Etiology and epidemiology of plague
Disease focus: Plague
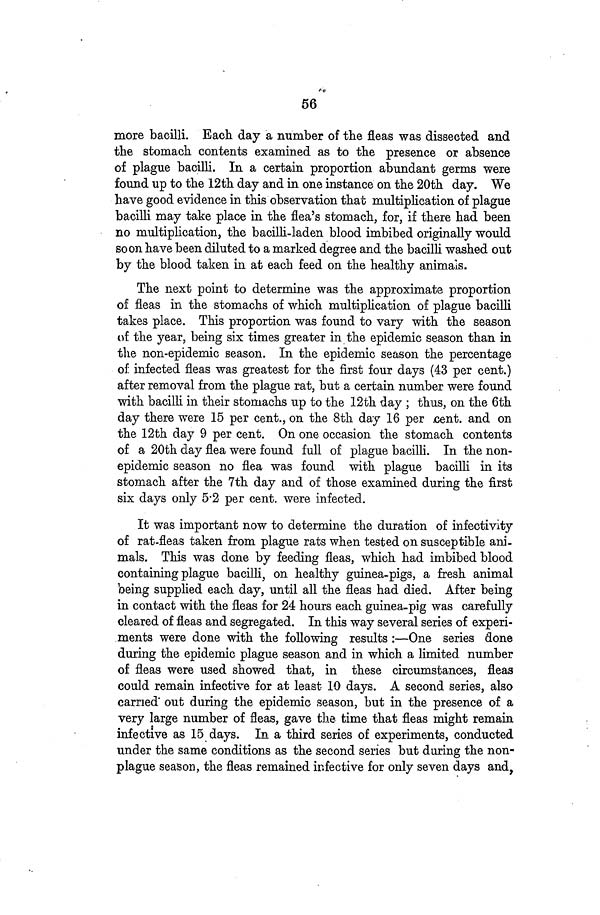
56
more bacilli. Each day a number of the fleas was dissected and
the stomach contents examined as to the presence or absence
of plague bacilli. In a certain proportion abundant germs were
found up to the 12th day and in one instance on the 20th day. We
have good evidence in this observation that multiplication of plague
bacilli may take place in the flea's stomach, for, if there had been
no multiplication, the bacilli-laden blood imbibed originally would
soon have been diluted to a marked degree and the bacilli washed out
by the blood taken in at each feed on the healthy animals.
The next point to determine was the approximate proportion
of fleas in the stomachs of which multiplication of plague bacilli
takes place. This proportion was found to vary with the season
of the year, being six times greater in the epidemic season than in
the non-epidemic season. In the epidemic season the percentage
of infected fleas was greatest for the first four days (43 per cent.)
after removal from the plague rat, but a certain number were found
with bacilli in their stomachs up to the 12th day ; thus, on the 6th
day there were 15 per cent., on the 8th day 16 per cent, and on
the 12th day 9 per cent. On one occasion the stomach contents
of a 20th day flea were found full of plague bacilli. In the non-
epidemic season no flea was found with plague bacilli in its
stomach after the 7th day and of those examined during the first
six days only 5 2 per cent. were infected.
It was important now to determine the duration of infectivity
of rat-fleas taken from plague rats when tested on susceptible ani-
mals. This was done by feeding fleas, which had imbibed blood
containing plague bacilli, on healthy guinea-pigs, a fresh animal
being supplied each day, until all the fleas had died. After being
in contact with the fleas for 24 hours each guinea-pig was carefully
cleared of fleas and segregated. In this way several series of experi-
ments were done with the following results :—One series done
during the epidemic plague season and in which a limited number
of fleas were used showed that, in these circumstances, fleas
could remain infective for at least 10 days. A second series, also
carried out during the epidemic season, but in the presence of a
very large number of fleas, gave the time that fleas might remain
infective as 15 days. In a third series of experiments, conducted
under the same conditions as the second series but during the non-
plague season, the fleas remained infective for only seven days and,